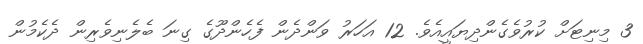
3 މިނިޓަށް ކުރުވެގެންދިޔައީއެވެ. 12 އަހަރު ވަންދެން ފެހެންދޫގެ ގިނަ ބެލެނިވެރިން ދެކެމުން